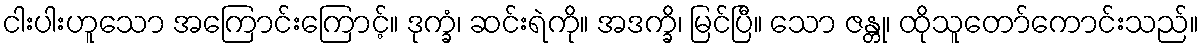
ငါးပါးဟူသော အကြောင်းကြောင့်။ ဒုက္ခံ၊ ဆင်းရဲကို။ အဒက္ခိ၊ မြင်ပြီ။ သော ဇန္တု၊ ထိုသူတော်ကောင်းသည်။